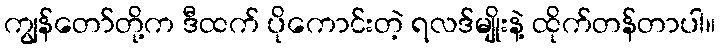
ကျွန်တော်တို့က ဒီထက် ပိုကောင်းတဲ့ ရလဒ်မျိုးနဲ့ ထိုက်တန်တာပါ။